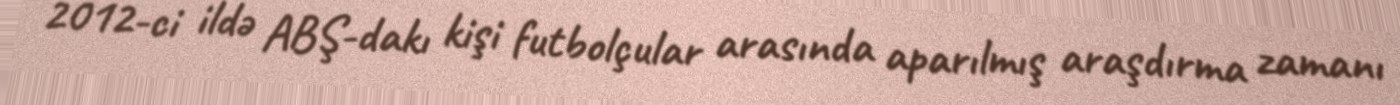
2012-ci ildə ABŞ-dakı kişi futbolçular arasında aparılmış araşdırma zamanı